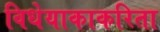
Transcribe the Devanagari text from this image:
विधेयाकाकरिता